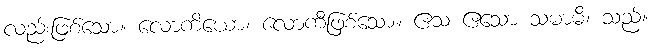
လည်းဖြစ်သော။ လောကိယော၊ လောကီဖြစ်သော။ ဧသ ဧသော သမာဓိ၊ သည်။